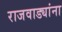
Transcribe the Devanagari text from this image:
राजवाड्यांना